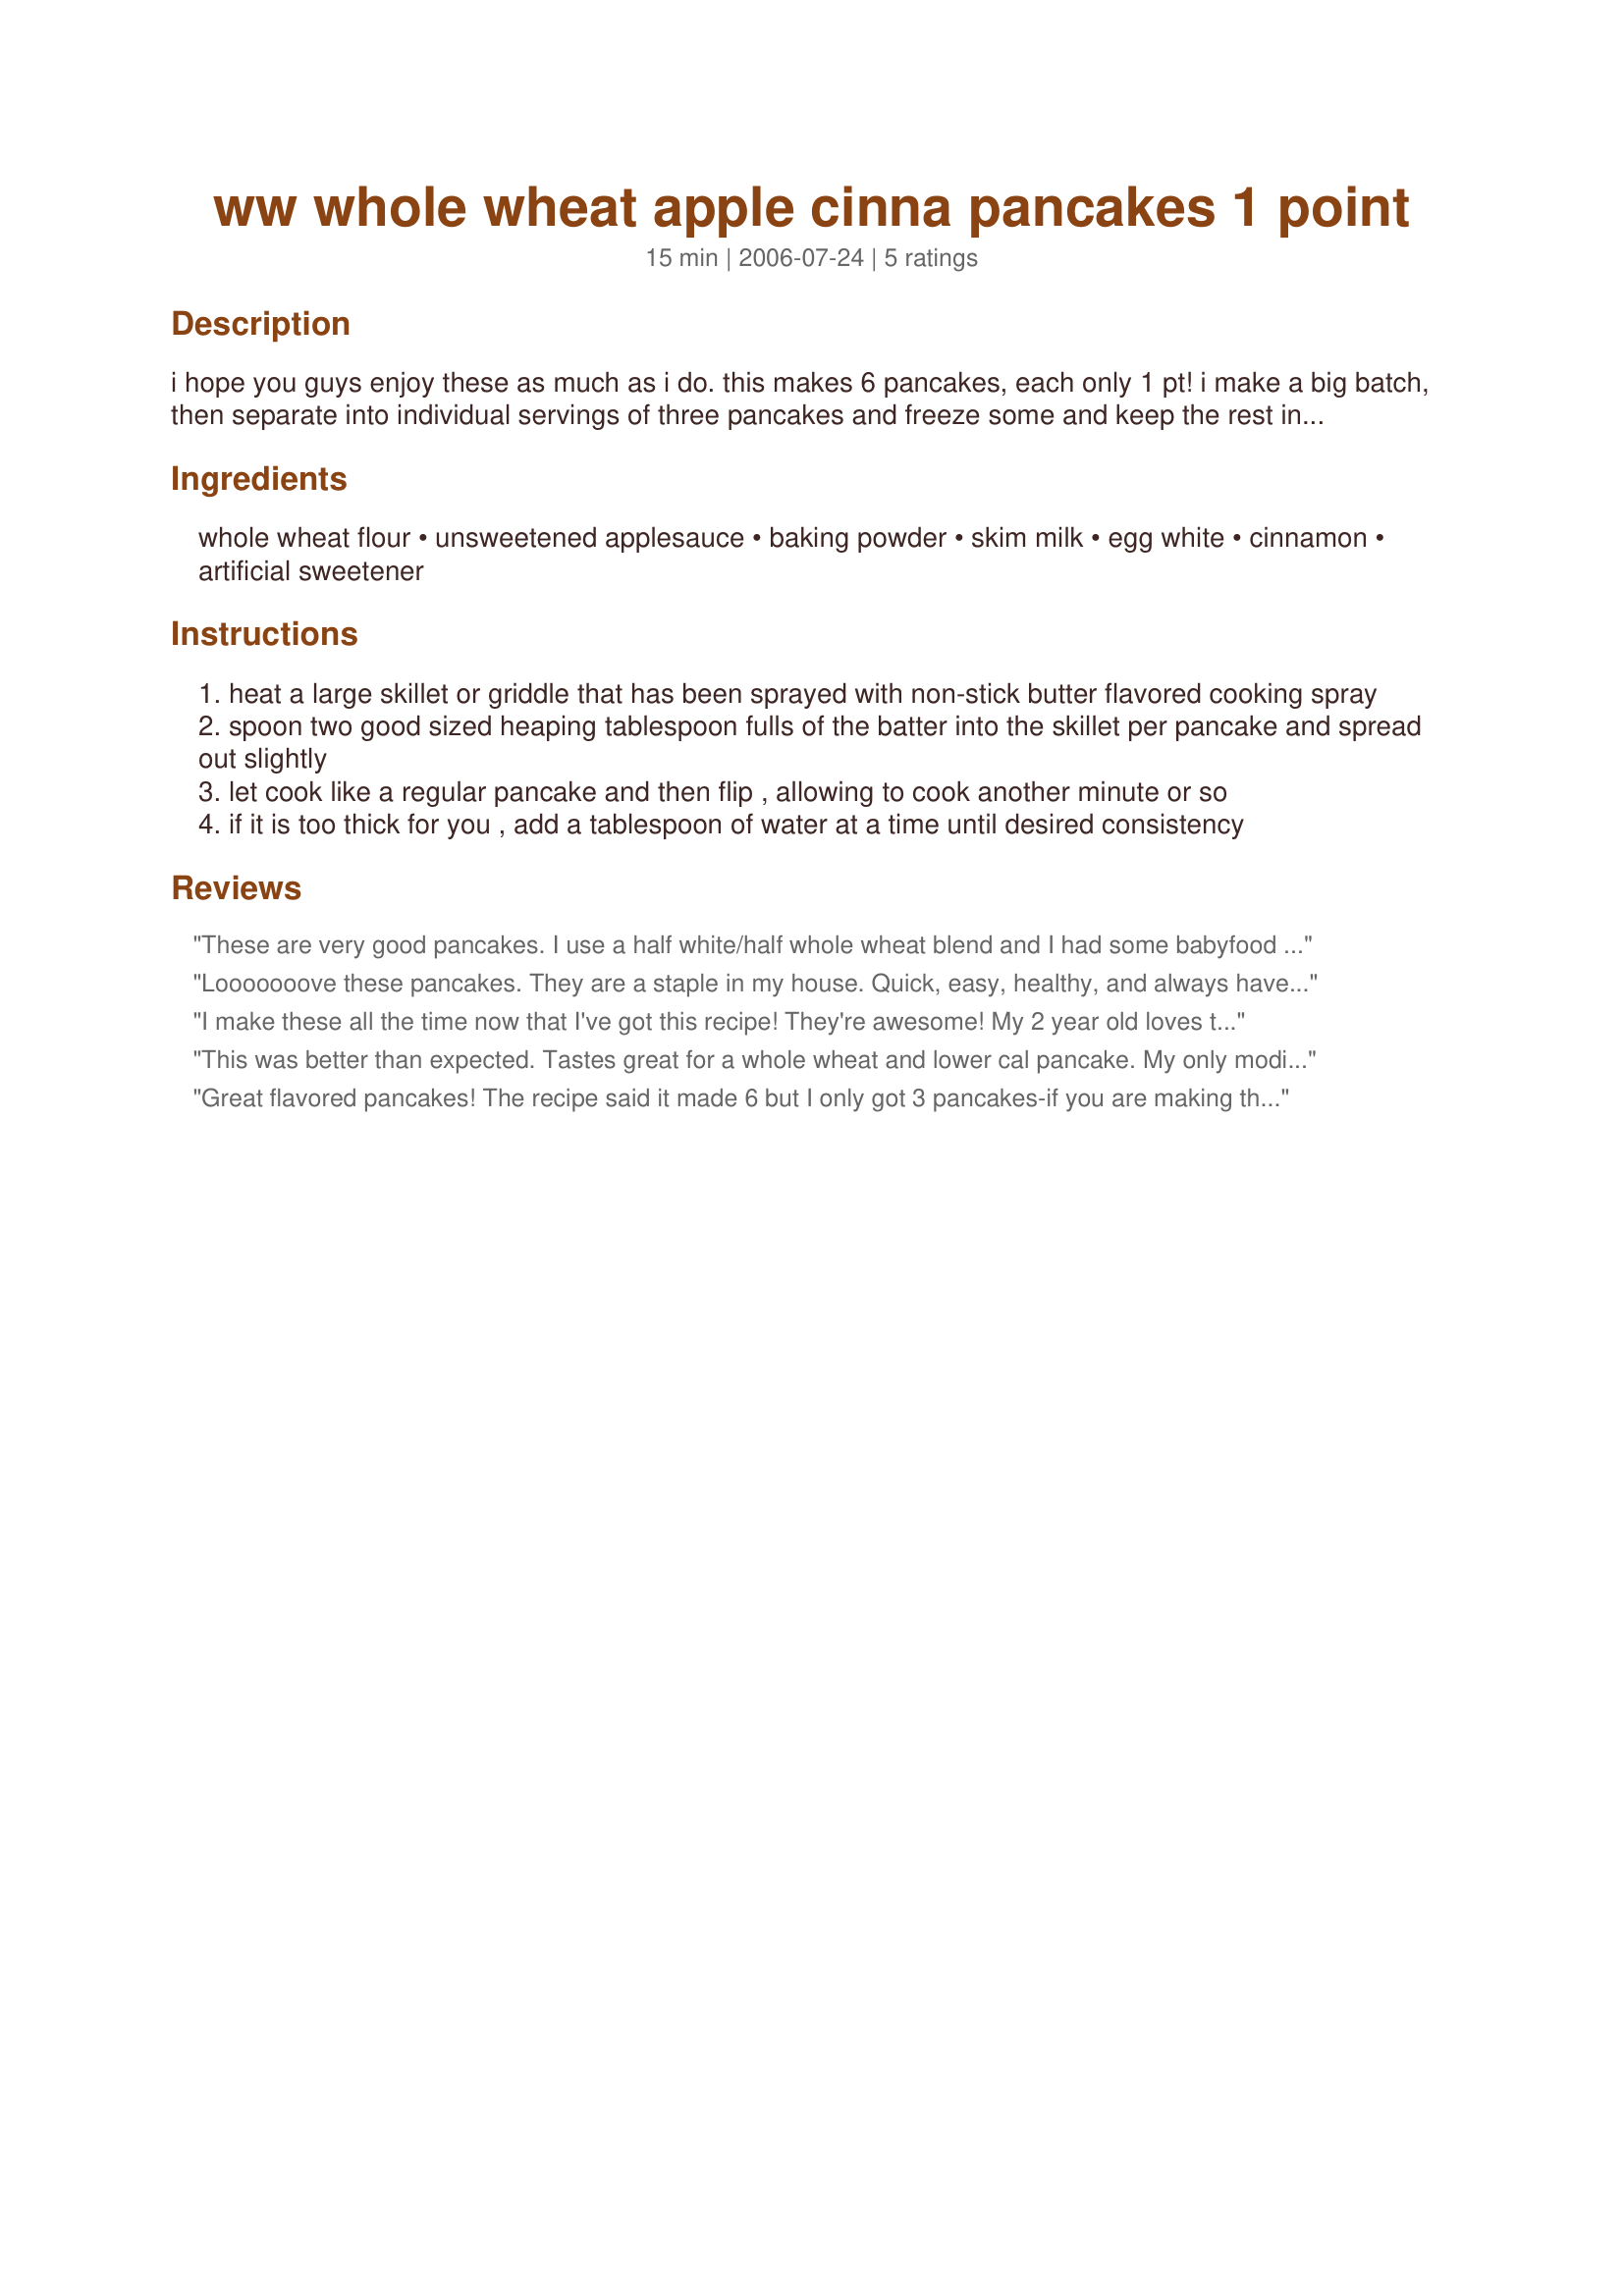
ww whole wheat apple cinna pancakes 1 point
Preparation time: 15 minutes

i hope you guys enjoy these as much as i do. this makes 6 pancakes, each only 1 pt! i make a big batch, then separate into individual servings of three pancakes and freeze some and keep the rest in the fridge so all i have to do is nuke them. great with some sugar free syrup or berries. my dh even liked them and he usually hates anything with whole wheat!

Ingredients:
whole wheat flour, unsweetened applesauce, baking powder, skim milk, egg white, cinnamon, artificial sweetener

Steps:
heat a large skillet or griddle that has been sprayed with non-stick butter flavored cooking spray
spoon two good sized heaping tablespoon fulls of the batter into the skillet per pancake and spread out slightly
let cook like a regular pancake and then flip , allowing to cook another minute or so
if it is too thick for you , add a tablespoon of water at a time until desired consistency

Reviews:
These are very good pancakes. I use a half white/half whole wheat blend and I had some babyfood applesauce to use up. These have a nice spicy appley flavor and I enjoyed them as breakfast for dinner.
Looooooove these pancakes. They are a staple in my house. Quick, easy, healthy, and always have ingredients on hand. Thanks TiffySugar!
I make these all the time now that I've got this recipe! They're awesome! My 2 year old loves them too! I get 6 pancakes out of them, now that I add a little more water. So good!
This was better than expected. Tastes great for a whole wheat and lower cal pancake. My only modification was to use brown sugar. Great with a few slices of strawberries and some homemade syrup. Thanks!
Great flavored pancakes! The recipe said it made 6 but I only got 3 pancakes-if you are making this as a stand alone breakfast, you'll have to double the recipe.
